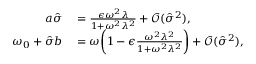
\begin{array} { r l } { a \hat { \sigma } } & { { } = \frac { \epsilon \omega ^ { 2 } \lambda } { 1 + \omega ^ { 2 } \lambda ^ { 2 } } + \mathcal { O } ( \hat { \sigma } ^ { 2 } ) , } \\ { \omega _ { 0 } + \hat { \sigma } b } & { { } = \omega \bigg ( 1 - \epsilon \frac { \omega ^ { 2 } \lambda ^ { 2 } } { 1 + \omega ^ { 2 } \lambda ^ { 2 } } \bigg ) + \mathcal { O } ( \hat { \sigma } ^ { 2 } ) , } \end{array}